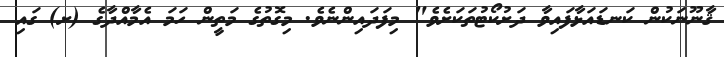
ޤާނޫނަކުން ކަނޑައަޅާފައިވާ ދަށުކޯޓުތަކަށެވެ" މިފަދައިންނެވެ. މިގޮތުގެ މަތީން ހަމަ އެމާއްދާގެ (ށ) ގައި